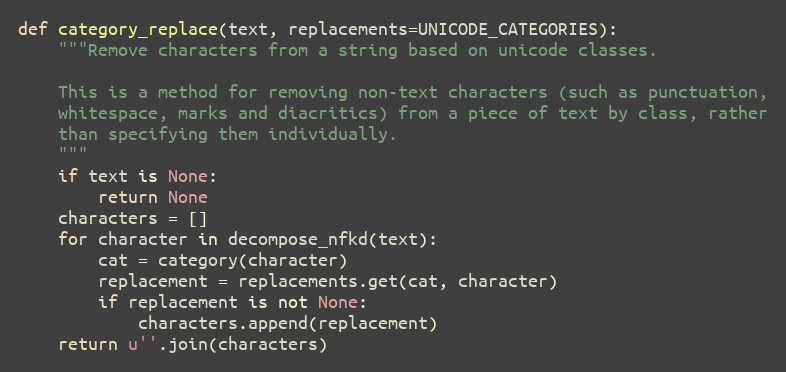
Language: Python
def category_replace(text, replacements=UNICODE_CATEGORIES):
    """Remove characters from a string based on unicode classes.

    This is a method for removing non-text characters (such as punctuation,
    whitespace, marks and diacritics) from a piece of text by class, rather
    than specifying them individually.
    """
    if text is None:
        return None
    characters = []
    for character in decompose_nfkd(text):
        cat = category(character)
        replacement = replacements.get(cat, character)
        if replacement is not None:
            characters.append(replacement)
    return u''.join(characters)